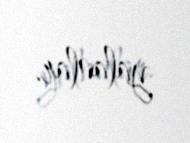
yalanlar.